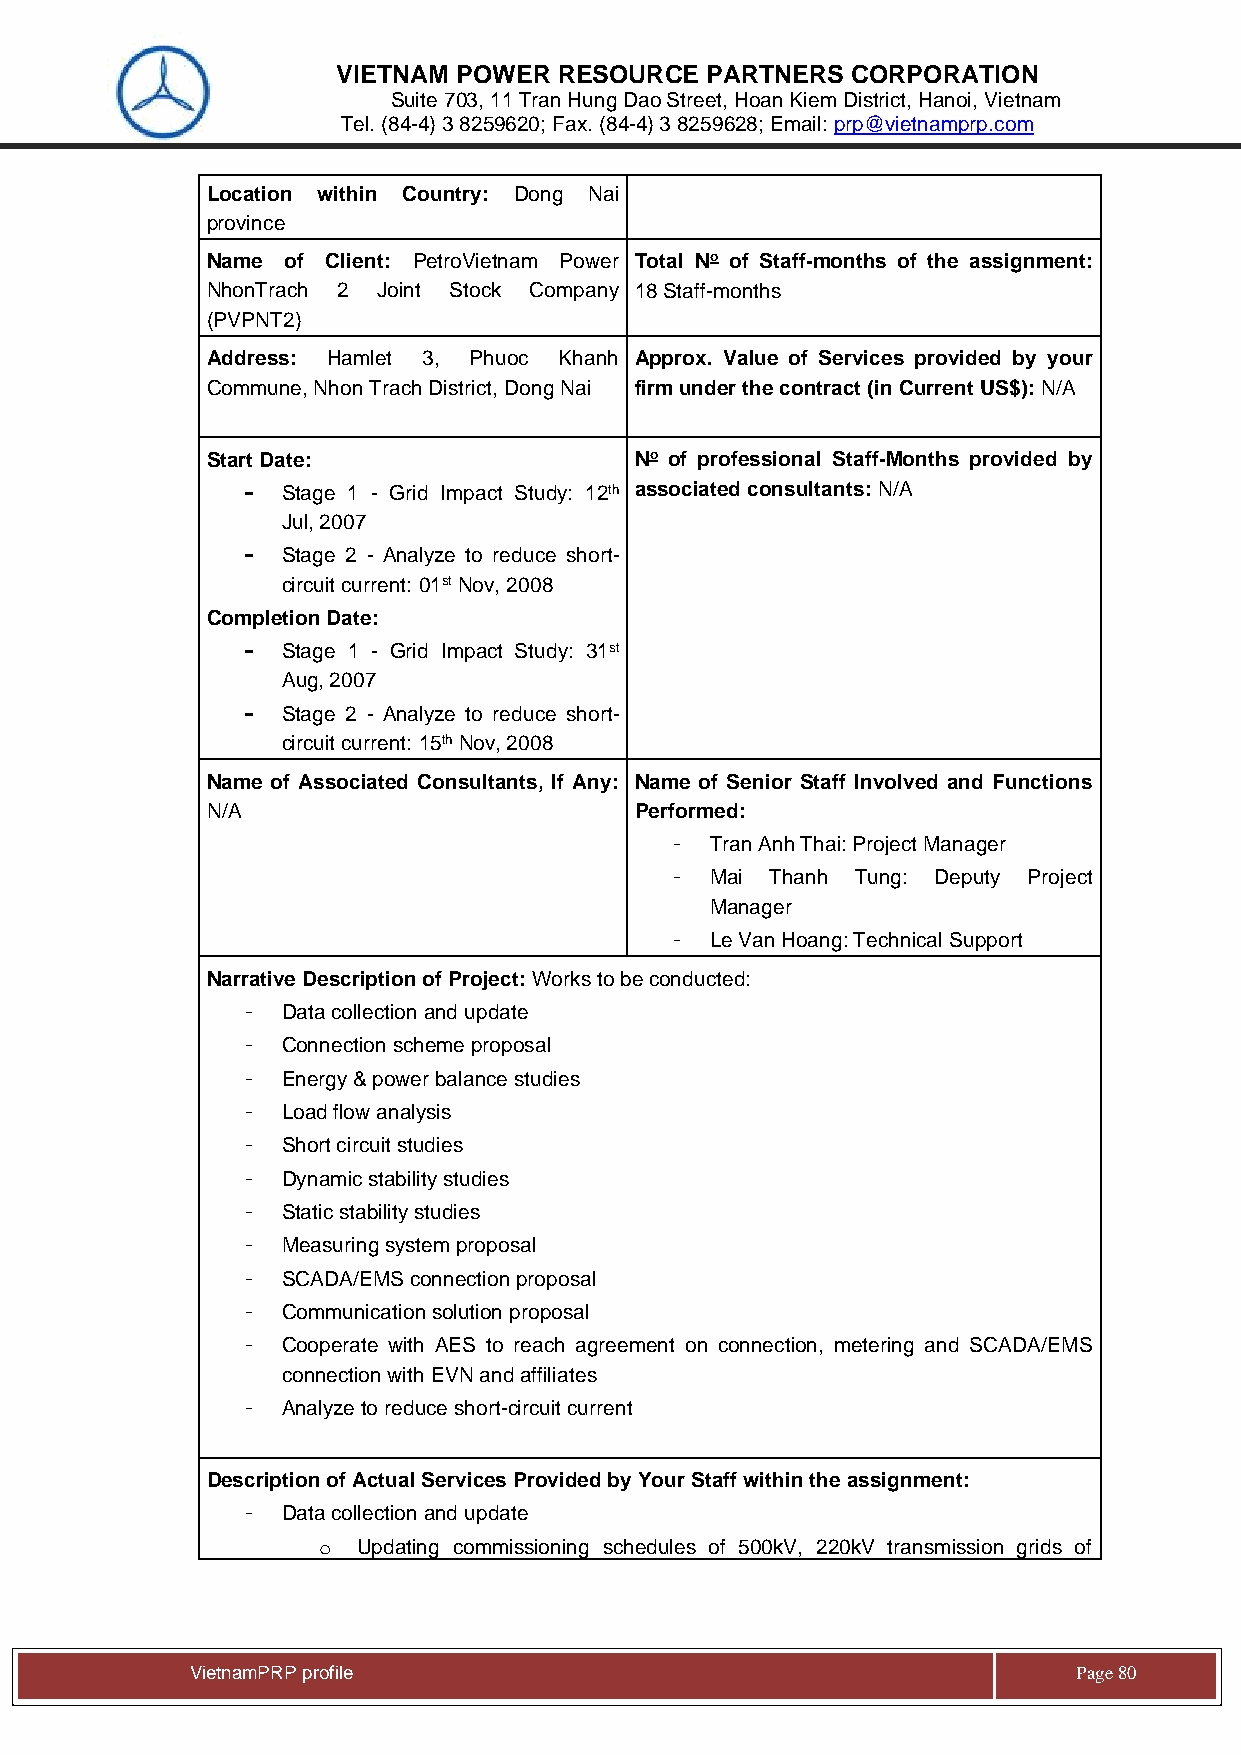
VIETNAM POWER  RESOURCE  PARTNERS CORPORATION
 Suite 703, 11 Tran Hung Dao Street, Hoan Kiem District, Hanoi, Vietnam
 Tel. (84-4) 3 8259620; Fax. (84-4) 3 8259628; Email: prp@vietnamprp.com
 Location within Country: Dong Nai
 province
 Name of Client: PetroVietnam Power Total No of Staff-months of the assignment:
 NhonTrach 2 Joint Stock Company 18 Staff-months
 (PVPNT2)
 Address: Hamlet 3, Phuoc Khanh Approx. Value of Services provided by your
 Commune, Nhon Trach District, Dong Nai firm under the contract (in Current US$): N/A
 Start Date:                 No of professional Staff-Months provided by
 -  Stage 1 - Grid Impact Study: 12th associated consultants: N/A
 Jul, 2007
 -  Stage 2 - Analyze to reduce short-
 circuit current: 01st Nov, 2008
 Completion Date:
 -  Stage 1 - Grid Impact Study: 31st
 Aug, 2007
 -  Stage 2 - Analyze to reduce short-
 circuit current: 15th Nov, 2008
 Name of Associated Consultants, If Any: Name of Senior Staff Involved and Functions
 N/A                         Performed:
 -  Tran Anh Thai: Project Manager
 -  Mai Thanh Tung: Deputy Project
 Manager
 -  Le Van Hoang: Technical Support
 Narrative Description of Project: Works to be conducted:
 -  Data collection and update
 -  Connection scheme proposal
 -  Energy & power balance studies
 -  Load flow analysis
 -  Short circuit studies
 -  Dynamic stability studies
 -  Static stability studies
 -  Measuring system proposal
 -  SCADA/EMS connection proposal
 -  Communication solution proposal
 -  Cooperate with AES to reach agreement on connection, metering and SCADA/EMS
 connection with EVN and affiliates
 -  Analyze to reduce short-circuit current
 Description of Actual Services Provided by Your Staff within the assignment:
 -  Data collection and update
 o  Updating commissioning schedules of 500kV, 220kV transmission grids of
 Vie tnamPRP profile                                       Page 80